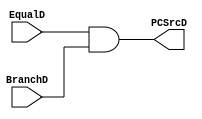
module get_PCSrcD(
    //input reset,
    
    // input
    input EqualD,
    input BranchD,
    
    // output signal
    output  PCSrcD
    );
    assign PCSrcD = EqualD & BranchD;
    /*
    always@(*)begin
        if(reset == `RESETABLE)begin
            PCSrcD <= 1'b0;
        end else begin
            PCSrcD <= EqualD & BranchD;
        end
    end
    */
endmodule